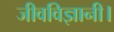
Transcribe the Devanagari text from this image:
जीवविज्ञानी।